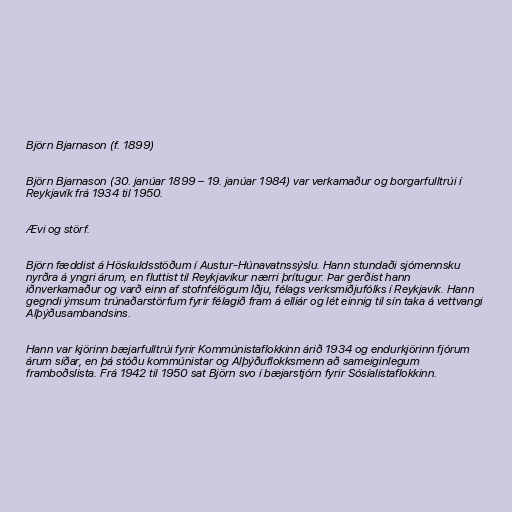
Björn Bjarnason (f. 1899)

Björn Bjarnason (30. janúar 1899 – 19. janúar 1984) var verkamaður og borgarfulltrúi í
Reykjavík frá 1934 til 1950.

Ævi og störf.

Björn fæddist á Höskuldsstöðum í Austur-Húnavatnssýslu. Hann stundaði sjómennsku
nyrðra á yngri árum, en fluttist til Reykjavíkur nærri þrítugur. Þar gerðist hann
iðnverkamaður og varð einn af stofnfélögum Iðju, félags verksmiðjufólks í Reykjavík. Hann
gegndi ýmsum trúnaðarstörfum fyrir félagið fram á elliár og lét einnig til sín taka á vettvangi
Alþýðusambandsins.

Hann var kjörinn bæjarfulltrúi fyrir Kommúnistaflokkinn árið 1934 og endurkjörinn fjórum
árum síðar, en þá stóðu kommúnistar og Alþýðuflokksmenn að sameiginlegum
framboðslista. Frá 1942 til 1950 sat Björn svo í bæjarstjórn fyrir Sósíalistaflokkinn.